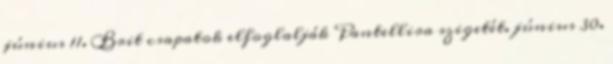
június 11. Brit csapatok elfoglalják Pantellira szigetét. június 30.